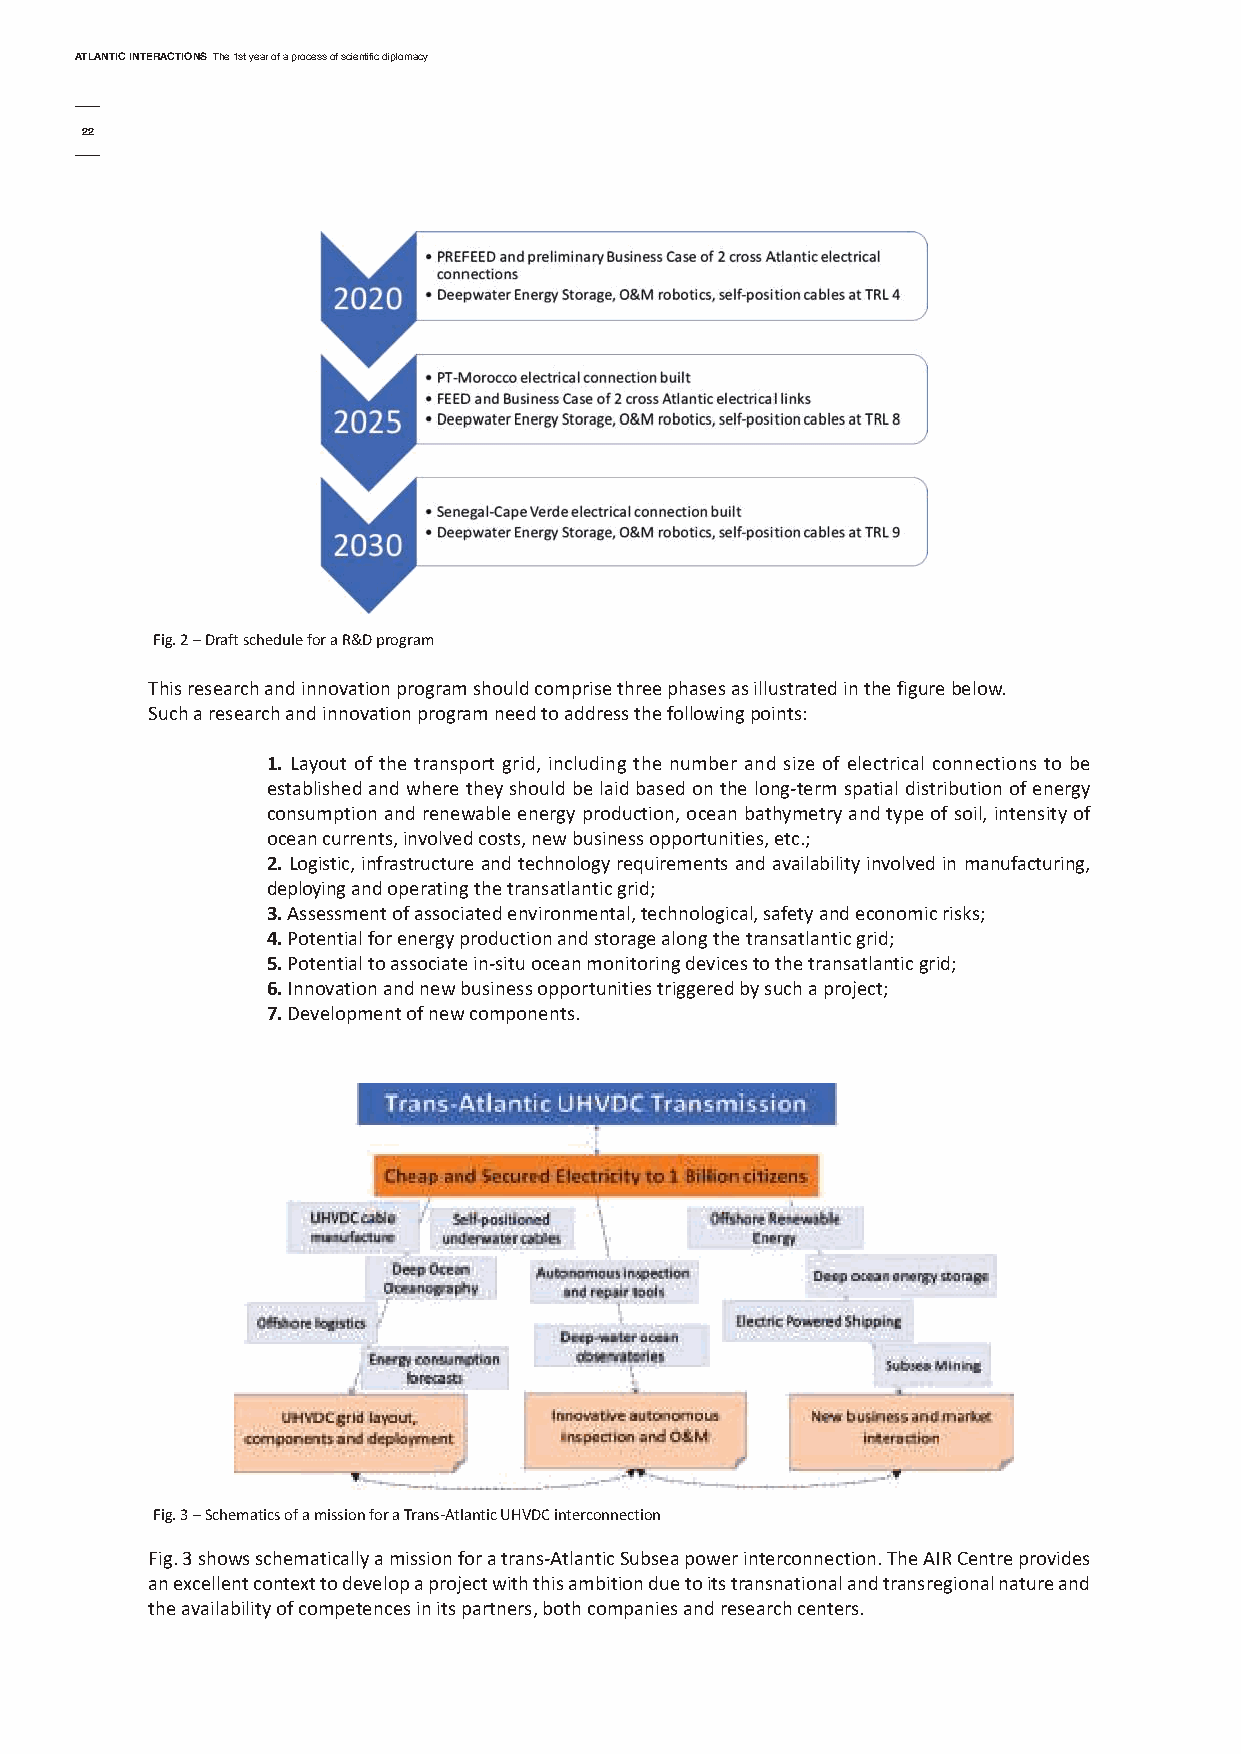
AtlAntic interActionsThe 1st year of a process of scientific diplomacy
 22
 Fig. 2 – Draft schedule for a R&D program
 This research and innovation program should comprise three phases as illustrated in the figure below.
 Such a research and innovation program need to address the following points:
 1. Layout of the transport grid, including the number and size of electrical connections to be
 established and where they should be laid based on the long-term spatial distribution of energy
 consumption and renewable energy production, ocean bathymetry and type of soil, intensity of
 ocean currents, involved costs, new business opportunities, etc.;
 2.Logistic, infrastructure and technology requirements and availability involved in manufacturing,
 deploying and operating the transatlantic grid;
 3.Assessment of associated environmental, technological, safety and economic risks;
 4.Potential for energy production and storage along the transatlantic grid;
 5.Potential to associate in-situ ocean monitoring devices to the transatlantic grid;
 6.Innovation and new business opportunities triggered by such a project;
 7.Development of new components.
 Fig. 3 – Schematics of a mission for a Trans-Atlantic UHVDC interconnection
 Fig. 3 shows schematically a mission for a trans-Atlantic Subsea power interconnection. The AIR Centre provides
 an excellent context to develop a project with this ambition due to its transnational and transregional nature and
 the availability of competences in its partners, both companies and research centers.